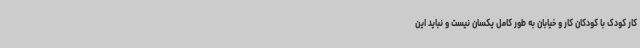
کار کودک با کودکان کار و خیابان به طور کامل یکسان نیست و نباید این